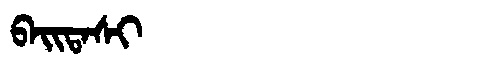
Manchu: ᠪᠠᡳᡨᠠᠰᡳ
Romanization: BAITASI